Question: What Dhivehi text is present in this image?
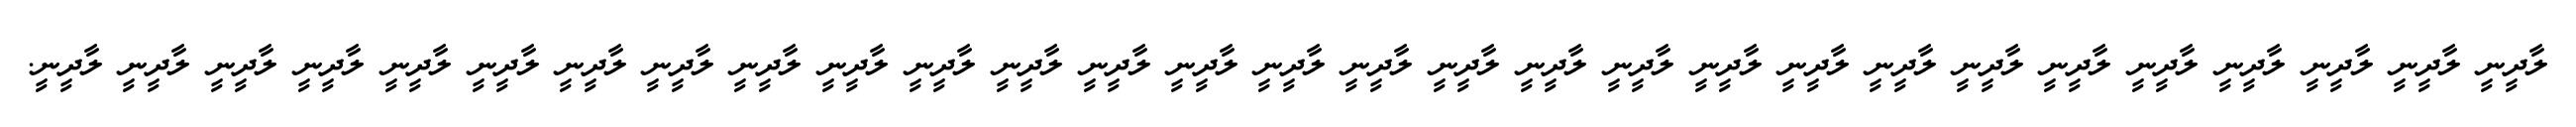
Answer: ލާދީނީ ލާދީނީ ލާދީނީ ލާދީނީ ލާދީނީ ލާދީނީ ލާދީނީ ލާދީނީ ލާދީނީ ލާދީނީ ލާދީނީ ލާދީނީ ލާދީނީ ލާދީނީ ލާދީނީ ލާދީނީ ލާދީނީ ލާދީނީ ލާދީނީ ލާދީނީ ލާދީނީ ލާދީނީ ލާދީނީ ލާދީނީ ލާދީނީ ލާދީނީ ލާދީނީ ލާދީނީ ލާދީނީ.